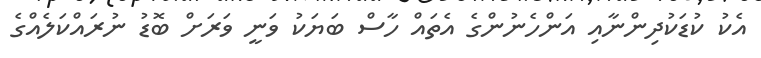
އެކު ކުޑަކުދިންނާއި އަންހެނުންގެ އެތައް ހާސް ބަޔަކު ވަނީ ވަރަށް ބޮޑު ނުރައްކަލެއްގެ